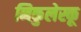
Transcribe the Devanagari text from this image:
निकुलेस्कू